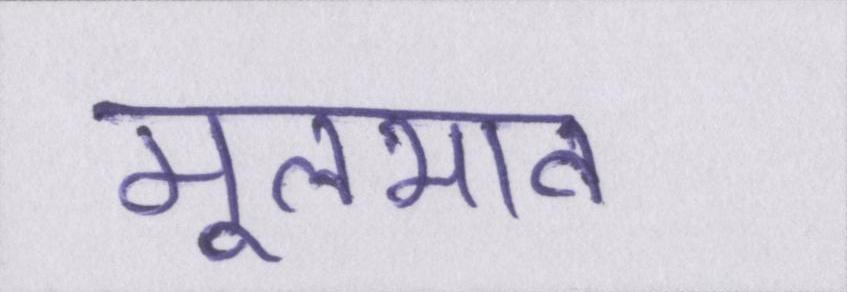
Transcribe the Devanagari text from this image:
मूलभाव